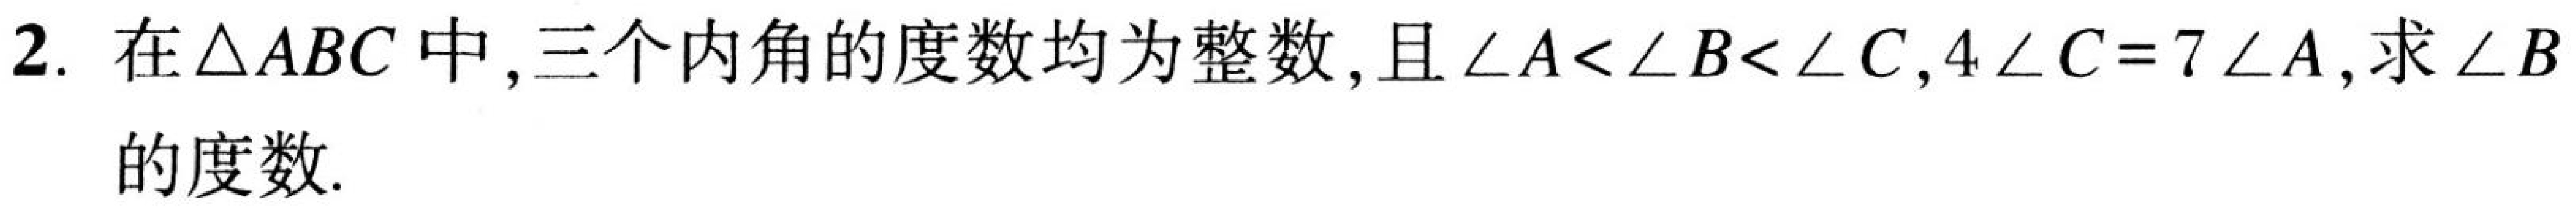
2. 在\(\triangle ABC\)中，三个内角的度数均为整数，且\(\angle A<\angle B<\angle C\)，\(4\angle C = 7\angle A\)，求\(\angle B\)的度数.